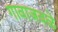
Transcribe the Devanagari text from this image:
गावाजवळे